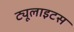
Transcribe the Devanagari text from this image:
ट्यूलाइटस